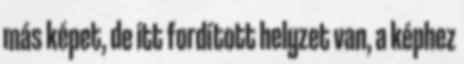
más képet, de itt fordított helyzet van, a képhez